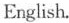
English.